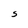
Character: S